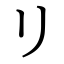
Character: リ